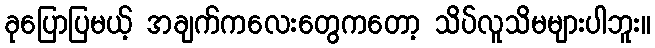
ခုပြောပြမယ့် အချက်ကလေးတွေကတော့ သိပ်လူသိမများပါဘူး။